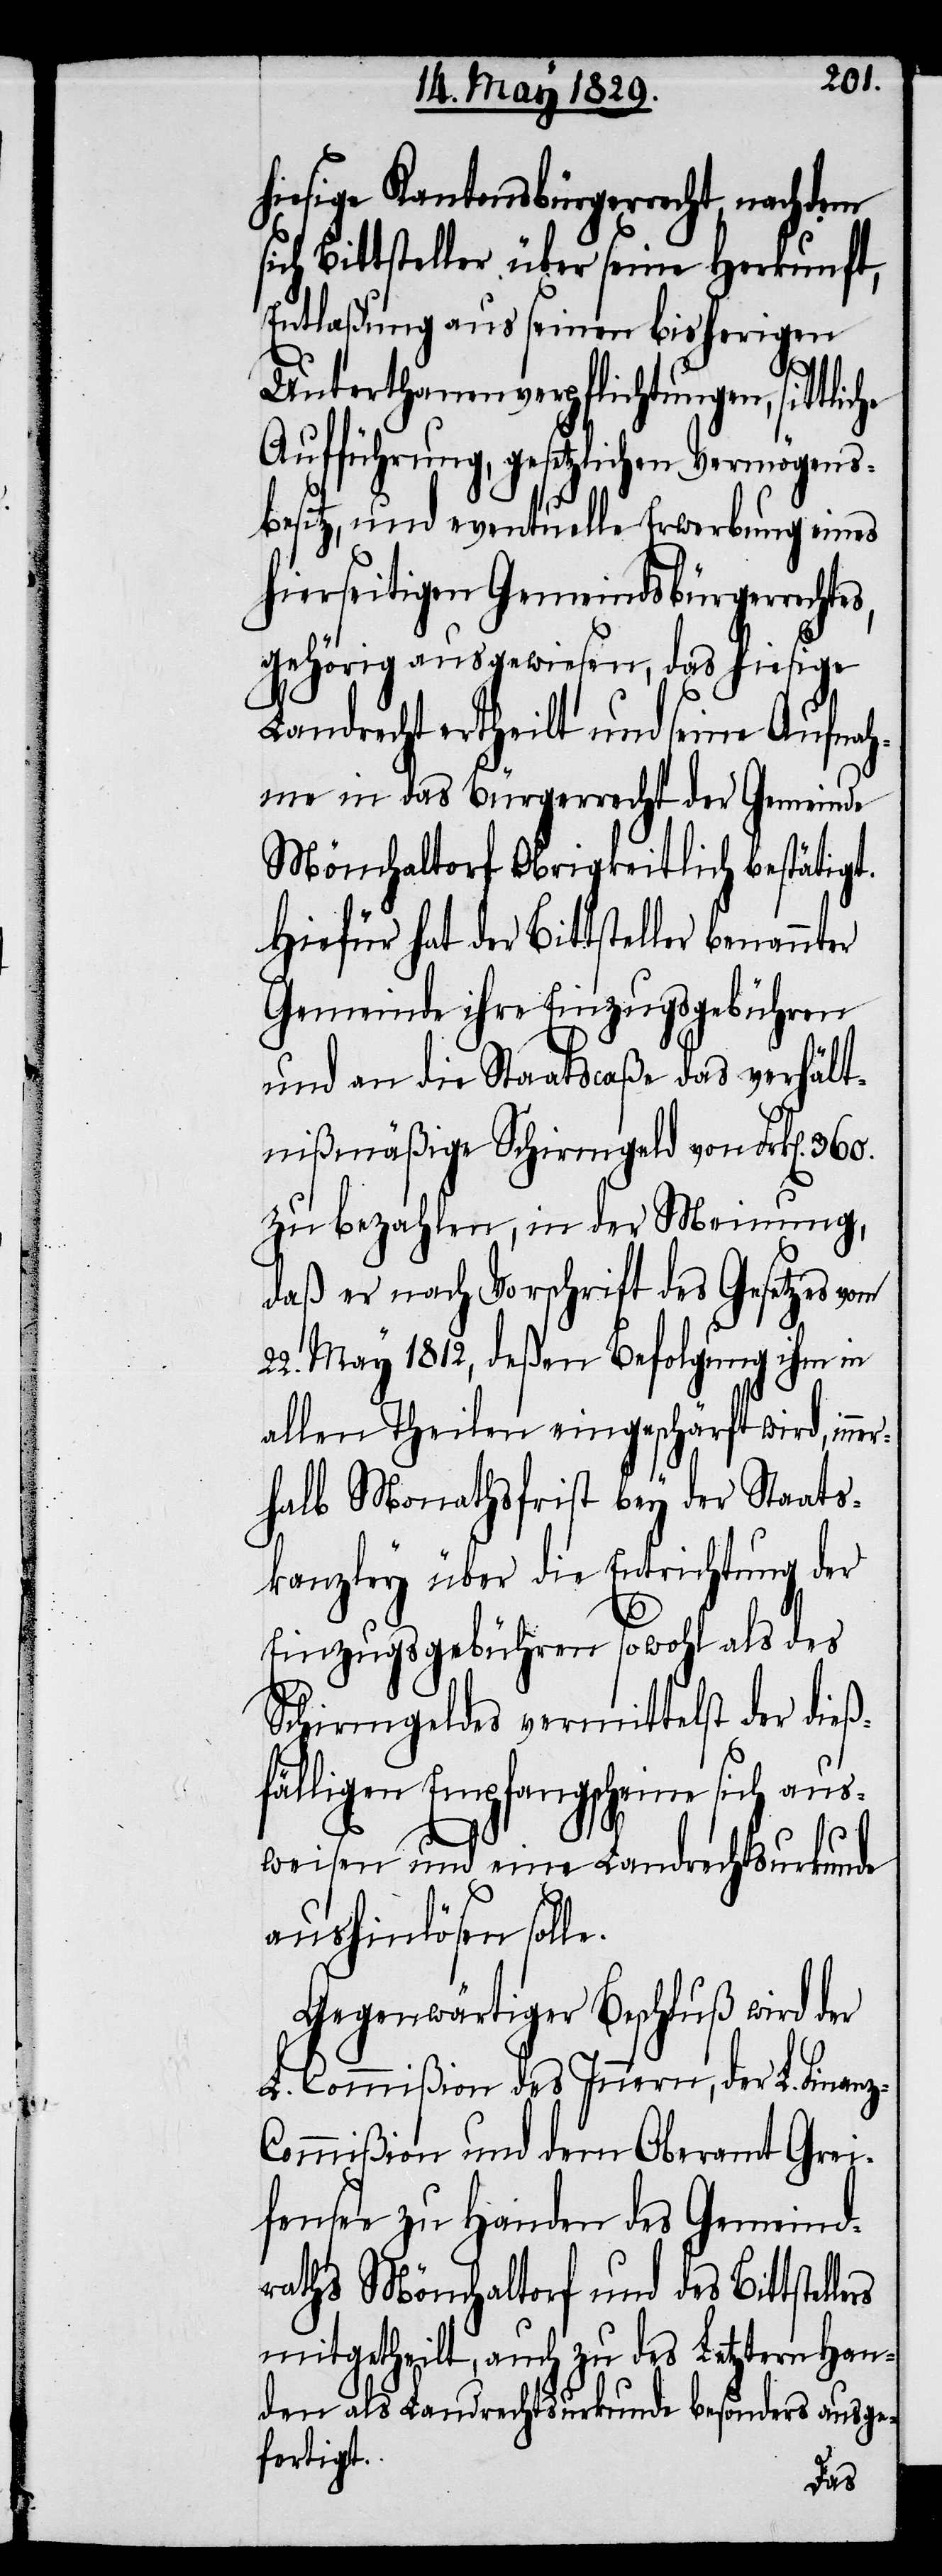
hiesige Kantonsbürgerrechte, nachdem
sich Bittsteller über seine Herkunft,
Entlaßung aus seinen bisherigen
z-C¬
Unterthanenverpflichtungen, sittliche
Aufführung, gesetzlichen Vermögens¬
besitz, und eventuelle Erwerbung eines
hierseitigen Gemeindsbürgerrechtes,
gehörig ausgewiesen, das hiesige
Landrecht ertheilt und seine Aufnah¬
me in das Bürgerrecht der Gemeinde
Mönchaltorf Obrigkeitlich bestätigt.
Hiefür hat der Bittsteller benannter
Gemeinde ihre Einzugsgebühren
und an die Staatscaße das verhält¬
nißmäßige Schirmgeld von Frk[en].
zu bezahlen, in der Meinung,
daß er nach Vorschrift des Gesetzes vom
22. May 1812, deßen Befolgung ihm in
allen Theilen eingeschärft wird, in¬
halb Monathsfrist bey der Staats¬
kanzley über die Entrichtung der
Einzugsgebühren sowohl als des
Schirmgeldes vermittelst der dieß¬
fälligen Empfangscheine sich aus¬
weisen und eine Landrechtsurkunde
aushinlösen solle.
Gegenwärtiger Beschluß wird der
L. Commißion des Innern, der L. Finan¬
ommißion und dem Oberamt Grei¬
fensee zu Handen des Gemeind¬
raths Mönchaltorf und des Bittstel¬
mitgetheilt, auch zu des Letztern Han¬
den als Landrechtsurkunde besonders ausge¬
fertigt.
lers